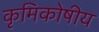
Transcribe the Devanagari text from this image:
कृमिकोषीय